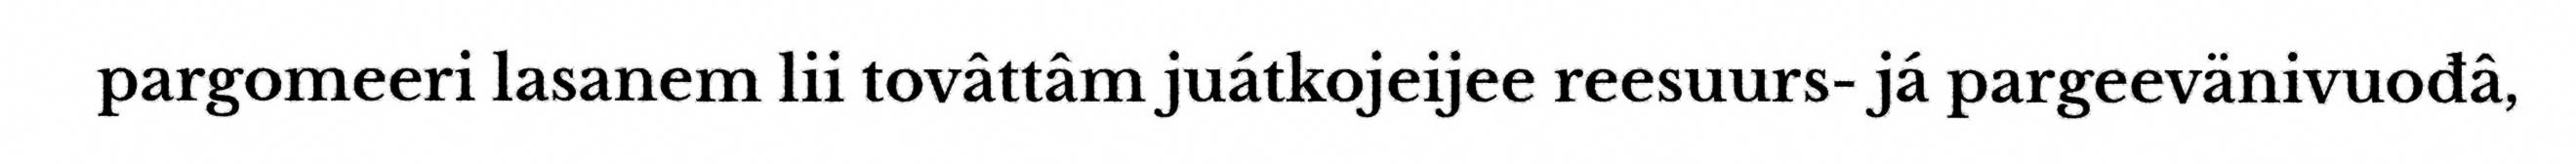
pargomeeri lasanem lii tovâttâm juátkojeijee reesuurs- já pargeevänivuođâ,